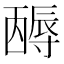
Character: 𡭋